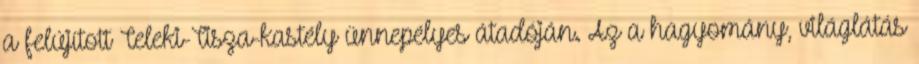
a felújított Teleki-Tisza-kastély ünnepélyes átadóján. Az a hagyomány, világlátás